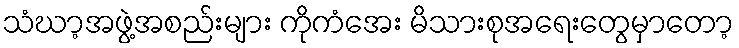
သံဃာ့အဖွဲ့အစည်းများ ကိုကံအေး မိသားစုအရေးတွေမှာတော့